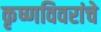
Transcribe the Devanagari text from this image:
कृष्णविवरांचे